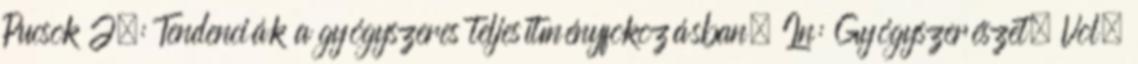
Pucsok J.: Tendenciák a gyógyszeres teljesítményfokozásban, In: Gyógyszerészet, Vol.